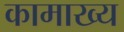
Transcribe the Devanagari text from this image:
कामाख्य